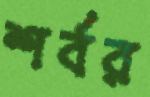
শর্বর